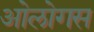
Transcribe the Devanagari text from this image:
ओलोगस